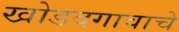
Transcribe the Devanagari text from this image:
खोडदगावाचे